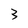
Character: 3